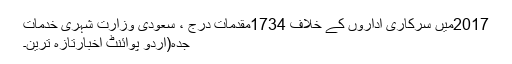
2017میں سرکاری اداروں کے خلاف 1734مقدمات درج ، سعودی وزارت شہری خدمات
جدہ(اُردو پوائنٹ اخبارتازہ ترین۔